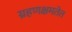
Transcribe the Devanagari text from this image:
ग्रहणक्षमतेत